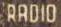
RADIO